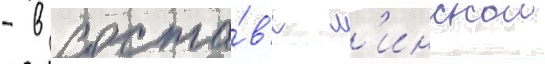
- в соста́в'е м'инскои